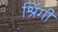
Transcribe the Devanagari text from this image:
श्रिंगी